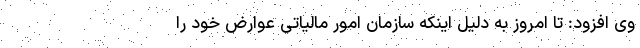
وی افزود: تا امروز به دلیل اینکه سازمان امور مالیاتی عوارض خود را